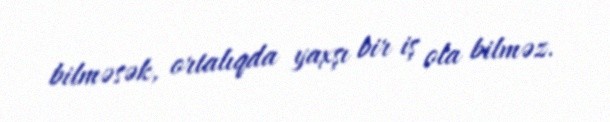
bilməsək, ortalıqda yaxşı bir iş ola bilməz.